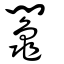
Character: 𨷺